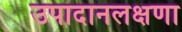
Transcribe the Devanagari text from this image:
उपादानलक्षणा